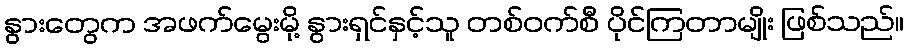
နွားတွေက အဖက်မွေးမို့ နွားရှင်နှင့်သူ တစ်ဝက်စီ ပိုင်ကြတာမျိုး ဖြစ်သည်။